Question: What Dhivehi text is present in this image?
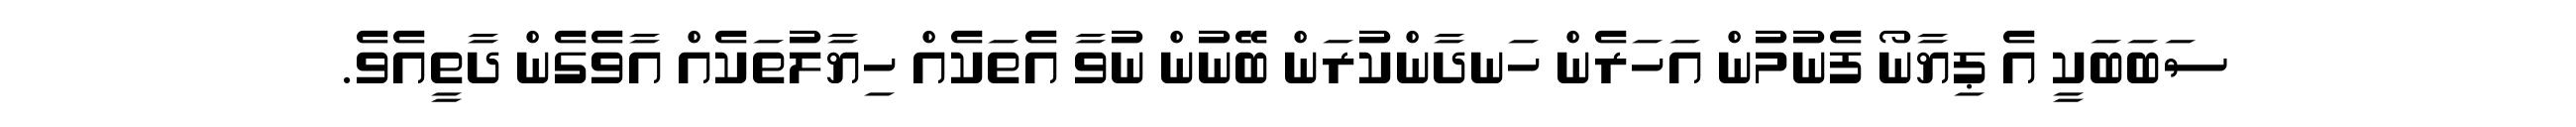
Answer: ސަބަބަކީ އެ ޕިޔާނޯ ފެނުމުން އަހަރެން ހަނދާންކުރަން ބޭނުން ނުވާ އެތަކެއް ހިޔާލުތަކެއް އާވެގެން ދާތީއެވެ.